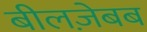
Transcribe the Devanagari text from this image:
बीलज़ेबब